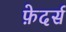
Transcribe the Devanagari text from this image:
फ़ेदर्स